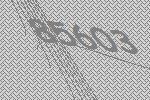
85603